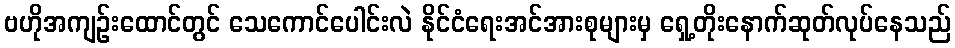
ဗဟိုအကျဉ်းထောင်တွင် သေကောင်ပေါင်းလဲ နိုင်ငံရေးအင်အားစုများမှ ရှေ့တိုးနောက်ဆုတ်လုပ်နေသည်